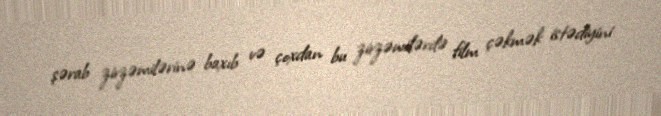
şərab zirzəmilərinə baxıb və çoxdan bu zirzəmilərdə film çəkmək istədiyini